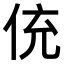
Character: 𬾁